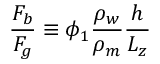
\frac { F _ { b } } { F _ { g } } \equiv \phi _ { 1 } \frac { \rho _ { w } } { \rho _ { m } } \frac { h } { L _ { z } }